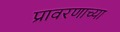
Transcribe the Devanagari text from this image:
प्रावरणाच्या